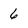
Character: 6